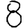
Digit: 8